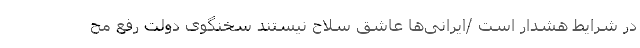
در شرایط هشدار است /ایرانی‌ها عاشق سلاح نیستند سخنگوی دولت رفع مح